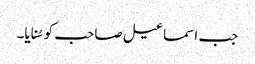
جب اسماعیل صاحب کو سُنایا۔